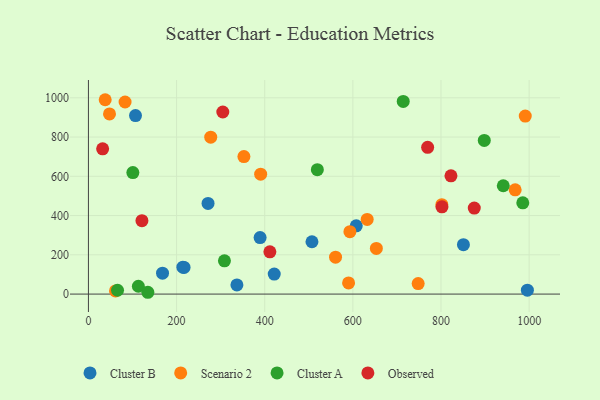
{"axis": {"x": "Experience", "y": "Profit"}, "legend": ["Cluster A", "Cluster B", "Observed", "Scenario 2"], "data": [{"x": "389.5", "y": 288.1, "type": "Cluster B"}, {"x": "996.0", "y": 19.9, "type": "Cluster B"}, {"x": "168.1", "y": 106.5, "type": "Cluster B"}, {"x": "271.4", "y": 462.1, "type": "Cluster B"}, {"x": "850.9", "y": 251.7, "type": "Cluster B"}, {"x": "607.7", "y": 347.9, "type": "Cluster B"}, {"x": "214.3", "y": 137.2, "type": "Cluster B"}, {"x": "421.6", "y": 102.0, "type": "Cluster B"}, {"x": "336.9", "y": 46.4, "type": "Cluster B"}, {"x": "217.0", "y": 135.9, "type": "Cluster B"}, {"x": "106.8", "y": 909.4, "type": "Cluster B"}, {"x": "507.2", "y": 266.6, "type": "Cluster B"}, {"x": "61.4", "y": 15.9, "type": "Scenario 2"}, {"x": "47.8", "y": 917.8, "type": "Scenario 2"}, {"x": "390.8", "y": 611.0, "type": "Scenario 2"}, {"x": "801.9", "y": 455.7, "type": "Scenario 2"}, {"x": "38.0", "y": 990.2, "type": "Scenario 2"}, {"x": "748.2", "y": 53.5, "type": "Scenario 2"}, {"x": "560.7", "y": 187.9, "type": "Scenario 2"}, {"x": "352.8", "y": 700.7, "type": "Scenario 2"}, {"x": "590.3", "y": 56.8, "type": "Scenario 2"}, {"x": "968.3", "y": 531.1, "type": "Scenario 2"}, {"x": "991.2", "y": 906.9, "type": "Scenario 2"}, {"x": "83.1", "y": 978.7, "type": "Scenario 2"}, {"x": "653.3", "y": 232.6, "type": "Scenario 2"}, {"x": "593.3", "y": 317.9, "type": "Scenario 2"}, {"x": "632.5", "y": 380.6, "type": "Scenario 2"}, {"x": "277.5", "y": 799.5, "type": "Scenario 2"}, {"x": "100.8", "y": 618.9, "type": "Cluster A"}, {"x": "113.3", "y": 39.8, "type": "Cluster A"}, {"x": "134.8", "y": 9.2, "type": "Cluster A"}, {"x": "898.2", "y": 782.8, "type": "Cluster A"}, {"x": "714.3", "y": 981.6, "type": "Cluster A"}, {"x": "519.4", "y": 634.0, "type": "Cluster A"}, {"x": "941.3", "y": 551.8, "type": "Cluster A"}, {"x": "985.6", "y": 465.0, "type": "Cluster A"}, {"x": "308.6", "y": 169.2, "type": "Cluster A"}, {"x": "66.0", "y": 19.4, "type": "Cluster A"}, {"x": "822.6", "y": 602.4, "type": "Observed"}, {"x": "121.4", "y": 374.1, "type": "Observed"}, {"x": "32.2", "y": 740.0, "type": "Observed"}, {"x": "769.7", "y": 747.5, "type": "Observed"}, {"x": "802.2", "y": 444.5, "type": "Observed"}, {"x": "411.7", "y": 215.2, "type": "Observed"}, {"x": "875.5", "y": 438.0, "type": "Observed"}, {"x": "304.9", "y": 927.6, "type": "Observed"}]}